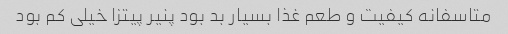
متاسفانه کیفیت و طعم غذا بسیار بد بود پنیر پیتزا خیلی کم بود